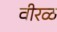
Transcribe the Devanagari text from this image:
वीरळ